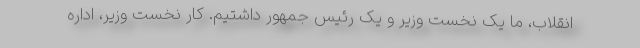
انقلاب، ما یک نخست وزیر و یک رئیس جمهور داشتیم. کار نخست وزیر، اداره